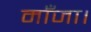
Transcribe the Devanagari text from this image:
माँजा।